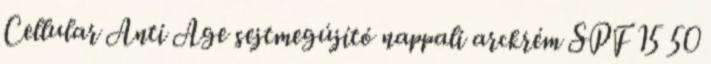
Cellular Anti Age sejtmegújító nappali arckrém SPF 15 50